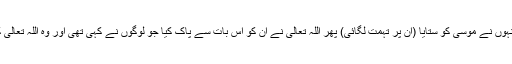
تم ان لوگوں کی طرح مت ہو جنہوں نے موسیٰؑ کو ستایا (ان پر تہمت لگائی) پھر اللہ تعالیٰ نے ان کو اس بات سے پاک کیا جو لوگوں نے کہی تھی اور وہ اللہ تعالیٰ کے نزدیک عزت والے تھے “۔